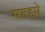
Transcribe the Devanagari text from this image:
सतहसे